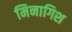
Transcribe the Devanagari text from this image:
मिनागिश